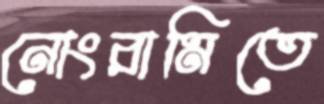
নোংরামিতে